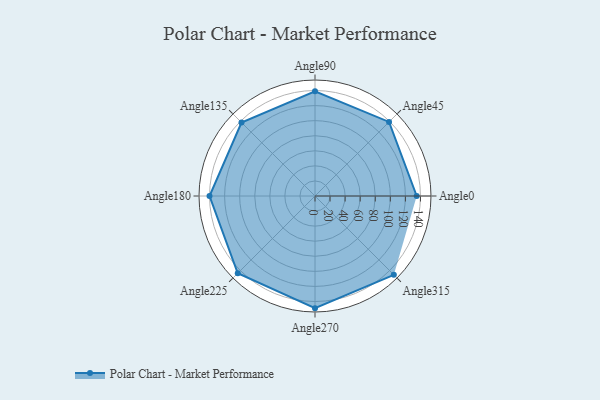
{"axis": {"x": "Angle", "y": "Radius"}, "legend": [""], "data": [{"x": "Angle0", "y": 135.0, "type": ""}, {"x": "Angle45", "y": 139.0, "type": ""}, {"x": "Angle90", "y": 139.0, "type": ""}, {"x": "Angle135", "y": 138.0, "type": ""}, {"x": "Angle180", "y": 140.0, "type": ""}, {"x": "Angle225", "y": 145.0, "type": ""}, {"x": "Angle270", "y": 149.0, "type": ""}, {"x": "Angle315", "y": 148.0, "type": ""}]}